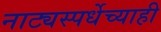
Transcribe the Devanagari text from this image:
नाट्यस्पर्धेच्याही